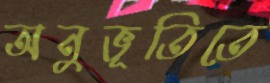
অনুভূতিতে